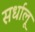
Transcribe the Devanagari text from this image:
सर्धालू